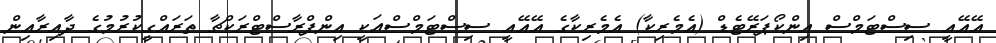
އޭއޭއީ ސިސްޓަމްސް އިންކޯޕަރޭޓެޑް (އެމެރިކާ) އެމެރިކާގެ އޭއޭއީ ސިސްޓަމްސްއަކީ އިންފްރާސްޓްރަކްޗާ ތަރައްގީކުރުމުގެ ދާއިރާއިން